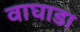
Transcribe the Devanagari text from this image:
वाघाडा